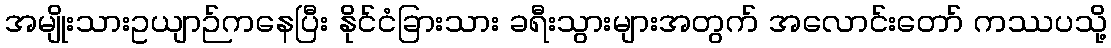
အမျိုးသားဥယျာဉ်ကနေပြီး နိုင်ငံခြားသား ခရီးသွားများအတွက် အလောင်းတော် ကဿပသို့